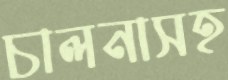
চালনাসহ